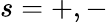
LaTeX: s=+,-